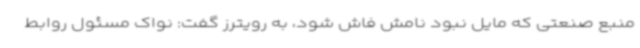
منبع صنعتی که مایل نبود نامش فاش شود، به رویترز گفت: نواک مسئول روابط